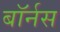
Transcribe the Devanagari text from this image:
बॉर्नस